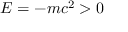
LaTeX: E = - m c ^ { 2 } > 0